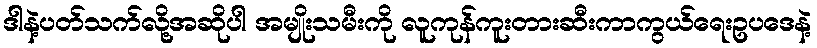
ဒါနဲ့ပတ်သက်လို့အဆိုပါ အမျိုးသမီးကို လူကုန်ကူးတားဆီးကာကွယ်ရေးဥပဒေနဲ့